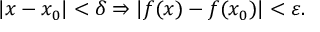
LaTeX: | x - x _ { 0 } | < \delta \Rightarrow | f ( x ) - f ( x _ { 0 } ) | < \varepsilon .